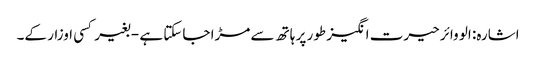
اشارہ: الو وائر حیرت انگیز طور پر ہاتھ سے مڑا جاسکتا ہے - بغیر کسی اوزار کے۔